Indian journal of veterinary science and animal husbandry - Volume 2,
Year: 1932
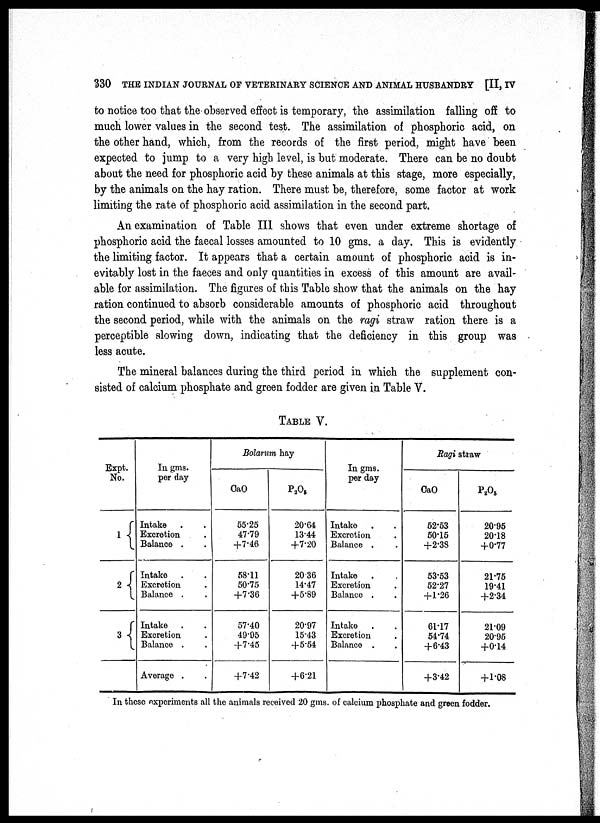
330 THE INDIAN JOURNAL OF VETERINARY SCIENCE AND ANIMAL HUSBANDRY [II, IV
to notice too that the observed effect is temporary, the assimilation falling off to
much lower values in the second test. The assimilation of phosphoric acid, on
the other hand, which, from the records of the first period, might have been
expected to jump to a very high level, is but moderate. There can be no doubt
about the need for phosphoric acid by these animals at this stage, more especially,
by the animals on the hay ration. There must be, therefore, some factor at work
limiting the rate of phosphoric acid assimilation in the second part.
An examination of Table III shows that even under extreme shortage of
phosphoric acid the faecal losses amounted to 10 gms. a day. This is evidently
the limiting factor. It appears that a certain amount of phosphoric acid is in-
evitably lost in the faeces and only quantities in excess of this amount are avail-
able for assimilation. The figures of this Table show that the animals on the hay
ration continued to absorb considerable amounts of phosphoric acid throughout
the second period, while with the animals on the ragi straw ration there is a
perceptible slowing down, indicating that the deficiency in this group was
less acute.
The mineral balances during the third period in which the supplement con-
sisted of calcium phosphate and green fodder are given in Table V.
TABLE V.
Expt.
No.
1 {
2 {
3 {
In gms.
per day
Intake
Excretion
Balance .
Intake
Excretion
Balance .
Intake
Excretion
Balance .
Average .
Bolarum hay
CaO
55.25
47.79
+7.46
58.11
50.75
+7.36
57.40
49.95
+7.45
+7.42
P 2 O 5
20.64
13.44
+7.20
20.36
14.47
+5.89
20.97
15.43
+5.54
+6.21
In gms.
per day
Intake
Excretion
Balance .
Intake
Excretion
Balance .
Intake
Excretion
Balance .
Ragi straw
CaO
52.53
50.15
+2.38
53.53
52.27
+1.26
61.17
54.74
+6.43
+3.42
P 2 O 5
20.95
20.18
+0.77
21.75
19.41
+2.34
21.09
20.95
+0.14
+1.08
In these experiments all the animals received 20 gms. of calcium phosphate and green fodder.